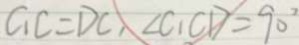
C _ { 1 } C = D C , \angle C _ { 1 } C D = 9 0 ^ { \circ }